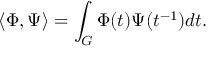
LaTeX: \langle \Phi , \Psi \rangle = \int _ { G } \Phi ( t ) \Psi ( t ^ { - 1 } ) d t .